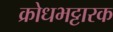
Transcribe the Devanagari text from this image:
क्रोधभट्टारक